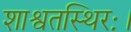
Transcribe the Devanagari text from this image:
शाश्वतस्थिरः।